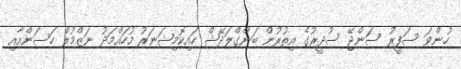
ހުންވަ ސަފީރު ސަންޖޭ ސުދީރުގެ އިތުރުން ބަންގްލަދޭޝް ހައިކޮމިޝަނަރު މުހައްމަދު ނަޒްމުލް ހަސަންއާއި